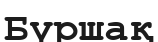
Бүршақ